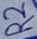
Text: R2